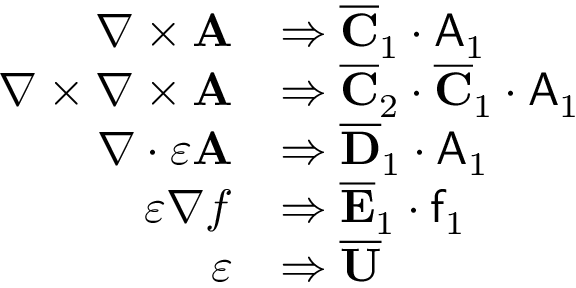
\begin{array} { r l } { \nabla \times \mathbf { A } } & { \Rightarrow \overline { { \mathbf { C } } } _ { 1 } \cdot \mathsf { A } _ { 1 } } \\ { \nabla \times \nabla \times \mathbf { A } } & { \Rightarrow \overline { { \mathbf { C } } } _ { 2 } \cdot \overline { { \mathbf { C } } } _ { 1 } \cdot \mathsf { A } _ { 1 } } \\ { \nabla \cdot \varepsilon \mathbf { A } } & { \Rightarrow \overline { { \mathbf { D } } } _ { 1 } \cdot \mathsf { A } _ { 1 } } \\ { \varepsilon \nabla f } & { \Rightarrow \overline { { \mathbf { E } } } _ { 1 } \cdot \mathsf { f } _ { 1 } } \\ { \varepsilon } & { \Rightarrow \overline { { \mathbf { U } } } } \end{array}